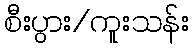
စီးပွား/ကူးသန်း